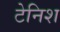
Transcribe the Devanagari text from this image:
टेनिश